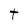
Character: t